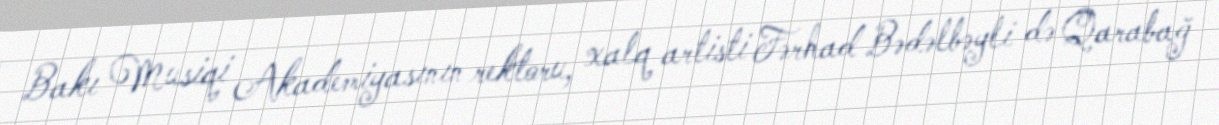
Bakı Musiqi Akademiyasının rektoru, xalq artisti Fərhad Bədəlbəyli də Qarabağ